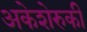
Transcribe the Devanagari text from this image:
अकेशेरुकी